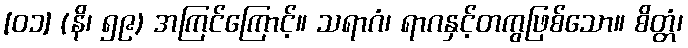
[၀၁] (နိ၊ ၅၉) အကြင်ကြောင့်။ သရာဂံ၊ ရာဂနှင့်တကွဖြစ်သော။ စိတ္တံ၊